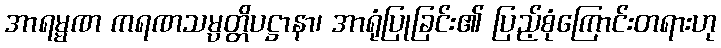
အာရမ္မဏ ကရဏသမ္ပတ္တိပဋ္ဌာနာ၊ အာရုံပြုခြင်း၏ ပြည့်စုံကြောင်းတရားဟု